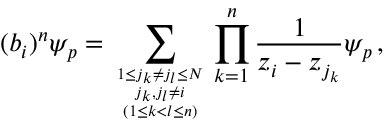
( b _ { i } ) ^ { n } \psi _ { p } = \sum _ { { { 1 \leq j _ { k } \neq j _ { l } \leq N \atop j _ { k } , j _ { l } \neq i } \atop ( 1 \leq k < l \leq n ) } } \prod _ { k = 1 } ^ { n } \frac { 1 } { z _ { i } - z _ { j _ { k } } } \psi _ { p } \, ,